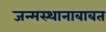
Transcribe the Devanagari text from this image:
जन्मस्थानाबाबत